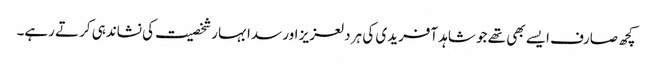
کچھ صارف ایسے بھی تھے جو شاہد آفریدی کی ہر دلعزیز اور سدا بہار شخصیت کی نشاندہی کرتے رہے۔